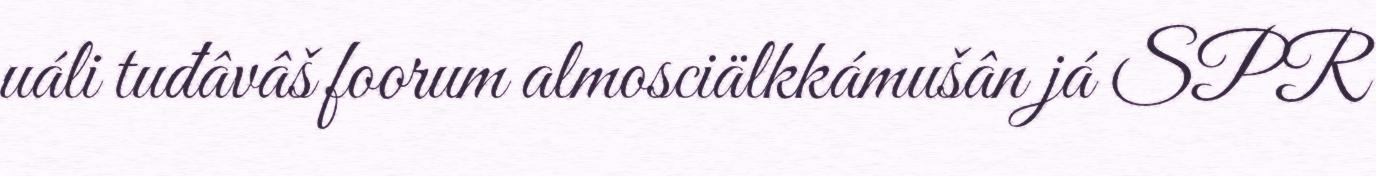
uáli tuđâvâš foorum almosciälkkámušân já SPR